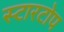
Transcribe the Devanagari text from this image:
स्टारटोप